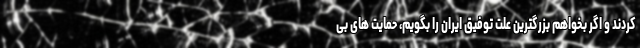
کردند و اگر بخواهم بزرگترین علت توفیق ایران را بگویم، حمایت های بی